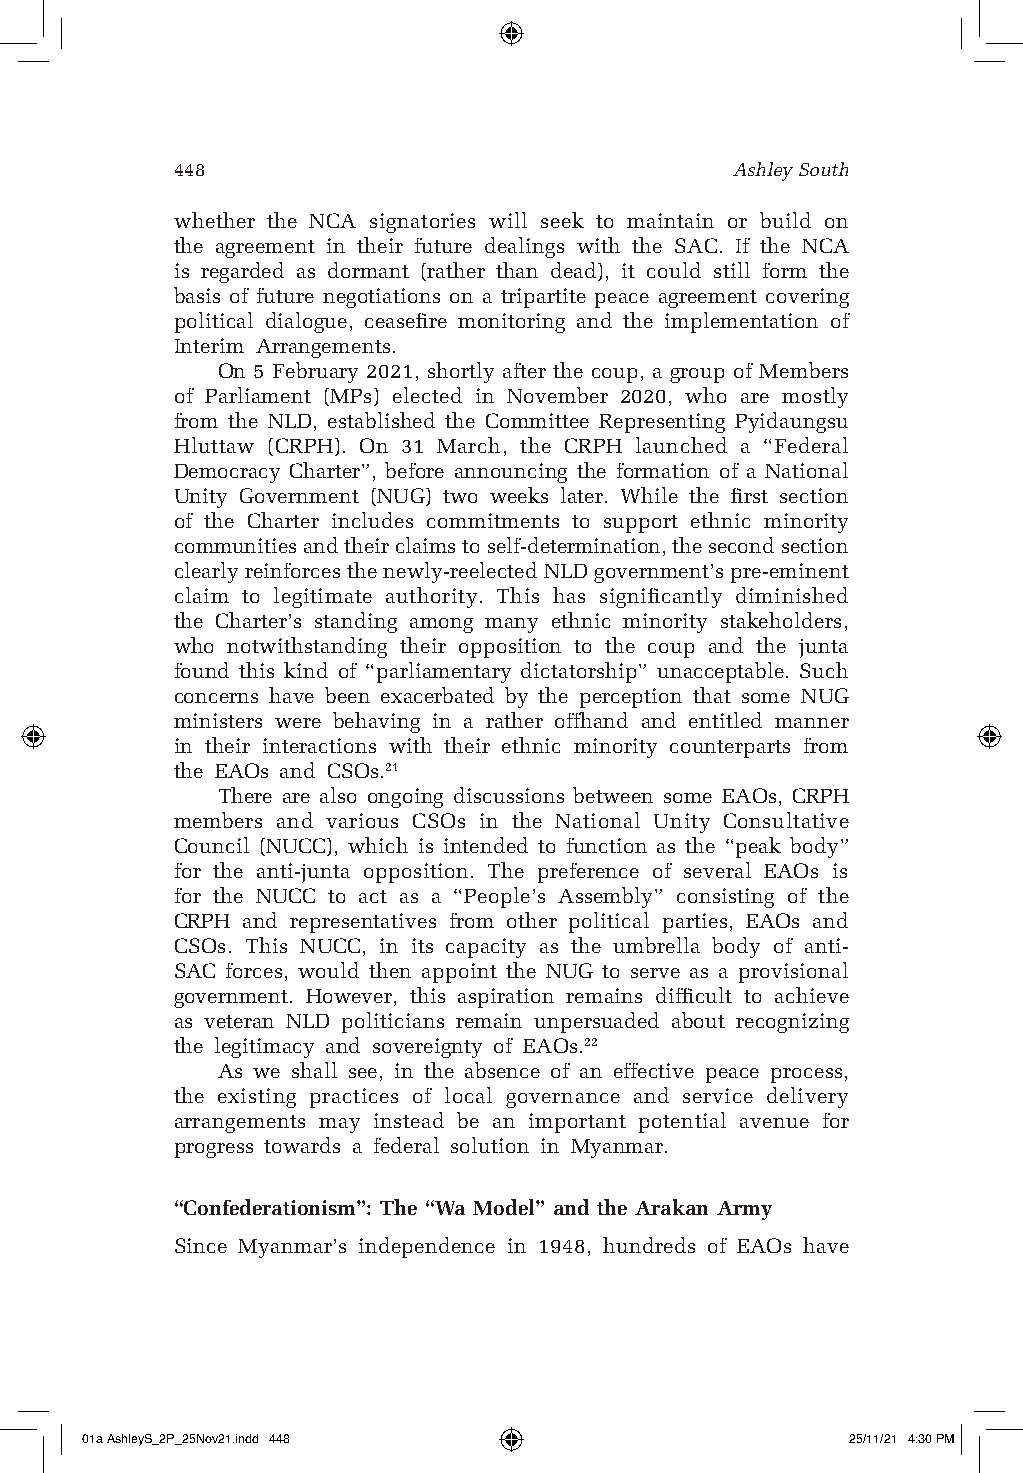
448                                  Ashley South
 whether the NCA signatories will seek to maintain or build on
 the agreement in their future dealings with the SAC. If the NCA
 is regarded as dormant (rather than dead), it could still form the
 basis of future negotiations on a tripartite peace agreement covering
 political dialogue, ceasefire monitoring and the implementation of
 Interim Arrangements.
 On 5 February 2021, shortly after the coup, a group of Members
 of Parliament (MPs) elected in November 2020, who are mostly
 from the NLD, established the Committee Representing Pyidaungsu
 Hluttaw (CRPH). On 31 March, the CRPH launched a “Federal
 Democracy Charter”, before announcing the formation of a National
 Unity Government (NUG) two weeks later. While the first section
 of the Charter includes commitments to support ethnic minority
 communities and their claims to self-determination, the second section
 clearly reinforces the newly-reelected NLD government’s pre-eminent
 claim to legitimate authority. This has significantly diminished
 the Charter’s standing among many ethnic minority stakeholders,
 who notwithstanding their opposition to the coup and the junta
 found this kind of “parliamentary dictatorship” unacceptable. Such
 concerns have been exacerbated by the perception that some NUG
 ministers were behaving in a rather offhand and entitled manner
 in their interactions with their ethnic minority counterparts from
 the EAOs and CSOs.21
 There are also ongoing discussions between some EAOs, CRPH
 members and various CSOs in the National Unity Consultative
 Council (NUCC), which is intended to function as the “peak body”
 for the anti-junta opposition. The preference of several EAOs is
 for the NUCC to act as a “People’s Assembly” consisting of the
 CRPH and representatives from other political parties, EAOs and
 CSOs. This NUCC, in its capacity as the umbrella body of anti-
 SAC forces, would then appoint the NUG to serve as a provisional
 government. However, this aspiration remains difficult to achieve
 as veteran NLD politicians remain unpersuaded about recognizing
 the legitimacy and sovereignty of EAOs.22
 As we shall see, in the absence of an effective peace process,
 the existing practices of local governance and service delivery
 arrangements may instead be an important potential avenue for
 progress towards a federal solution in Myanmar.
 “Confederationism”: The “Wa Model” and the Arakan Army
 Since Myanmar’s independence in 1948, hundreds of EAOs have
 01a AshleyS_2P_25Nov21.indd 448                    25/11/21 4:30 PM